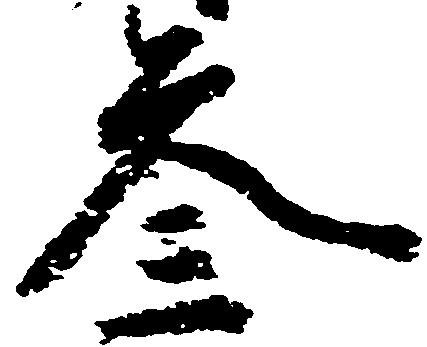
参